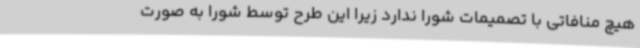
هیچ منافاتی با تصمیمات شورا ندارد زیرا این طرح توسط شورا به صورت